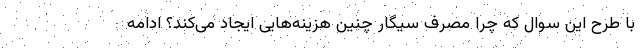
با طرح این سوال که چرا مصرف سیگار چنین هزینه‌هایی ایجاد می‌کند؟ ادامه